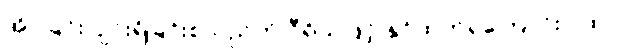
အိပ်ခြင်း ပျင်းရိခြင်းစသည်ကို ဝီရိယဖြင့် နှင်ထုတ်ရကြောင်းဂါထာ